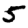
Digit: 5